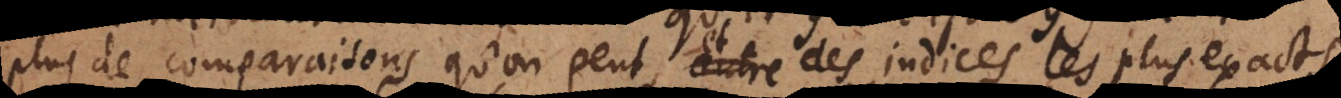
plus de comparaisons qu’on peut, et des indices les plus exacts